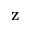
\mathbf { Z }